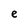
Character: e